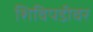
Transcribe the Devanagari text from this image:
शिविपडीवर